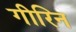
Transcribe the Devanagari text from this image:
गीरिन